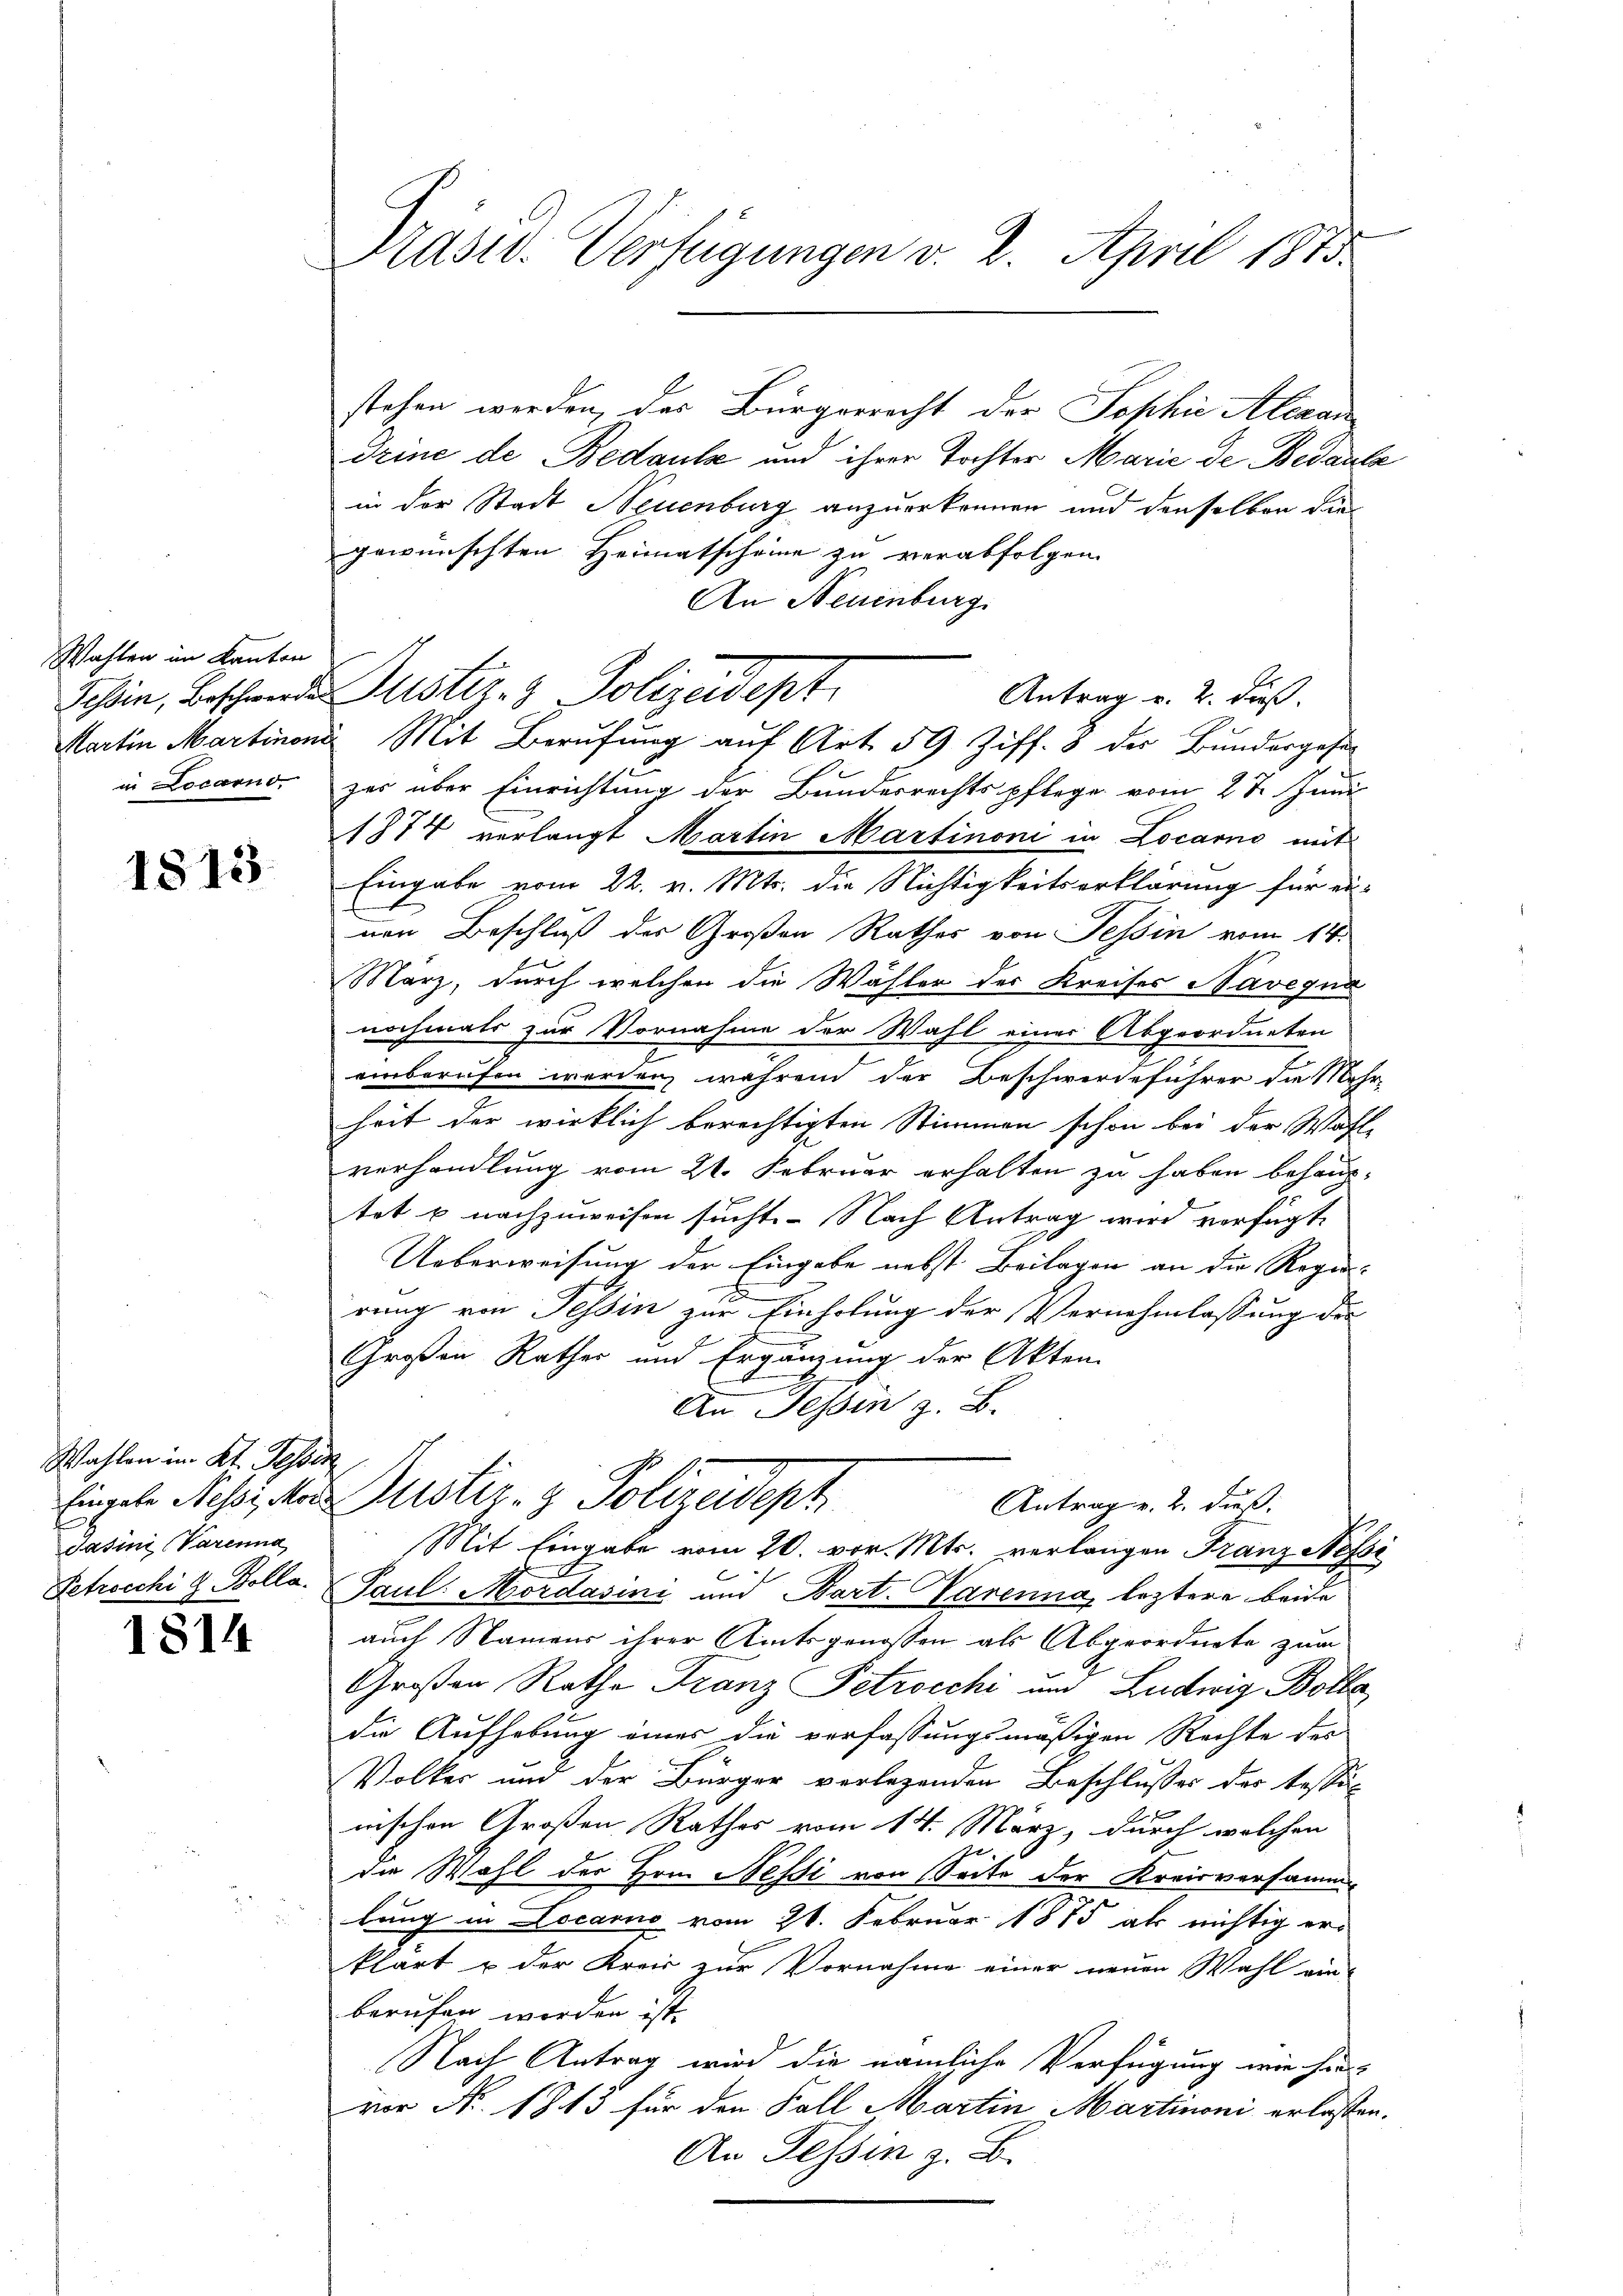
Wahlen im Kanton
in Locarno

1813.

Wahlen in Kt. Tessin
Jasini Varenna
Petrocchi J. Kolla.

1814

Präsid. Verfügungen v. 2. April 1813.

stehen werden, das Bürgerrecht der Sophie Alexan
Deine de Bedaule und ihrer Tochter Marie de Bedauts
in der Stadt Neuenburg anzuerkennen und denselben die
gewünschten Heimatscheine zu verabfolgen.
An Neuenburg
zes über Einrichtung der Bundesrechtspflege vom 27. Juni
1877 verlangt Martin Martinoni in Locarno mit
Eingabe vom 22. v. Mts. die Nichtigkeitserklärung für einen Beschluß des Großen Rathes von Tessin vom 14.
März, durch welchen die Wähler der Kreises Navegna
nochmals zur Vornahme der Wahl einer Abgeordneten
einberufen werden, während der Beschwerdeführer die Mehr
heit der wirklich berechtigten Stimmen schon bei der Wahl-
verhandlung vom 21. Februar erhalten zu haben behaup-
tet u nachzuweisen sucht. Nach Antrag wird verfügt,
Ueberweisung der Eingabe nebst Beilagen an die Regen-
e
rung von Tessin zur Einholung der Vernehmlassung die
Großen Rathes und Ergänzung der Akten.
An Tessin z. B.
Eingele Messi, der Justiz- & Polizeideph
Antrag v. 2. dieß:
Mit Eingabe vom 20. vor. Mts. verlangen Franz Nessi
Paul. Mordasini und Bart. Varenna, leztere beide
auch Namens ihrer Amtsgenossen als Abgeordnete zum
Großen Rathe Franz Petrocchi und Ludwig Bolla
die Aufhebung eines die verfassungsmäßigen Rechte des
Volker und der Bürger verlegenden Beschlusses des Tessi-
nischen Großen Rathes vom 14. März, durch welchen
die Wahl der Hom Nessi von Seite der Kreisversamm-
lung in Locarno vom 21. Februar 1875 als richtig erklärt u der Kreis zur Vornahme einer neuen Wahl ein-
beruhen worden ist.
Nach Antrag wird die nämliche Verfügung wie hin-
vor No. 1813 für den Fall Martin Martinoni erlassen
An Tessin z. B.

Schin, Beschende Justiz- & Polizeidept.
Antrag u. 2. dieß.
Martin Martinen Mit Berufung auf Art. 59 Ziff. 8 des Bundergese